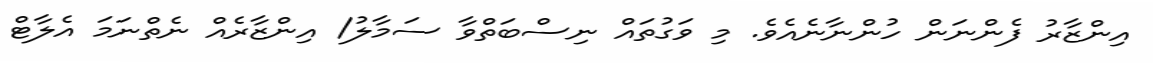
އިންޒާރު ފެންނަން ހުންނާނެއެވެ. މި ވަގުތައް ނިސްބަތްވާ ސަމާލު/ އިންޒާރެއް ނެތްނަމަ އެލާޓް